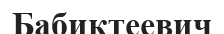
Бабиктеевич